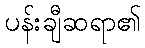
ပန်းချီဆရာ၏